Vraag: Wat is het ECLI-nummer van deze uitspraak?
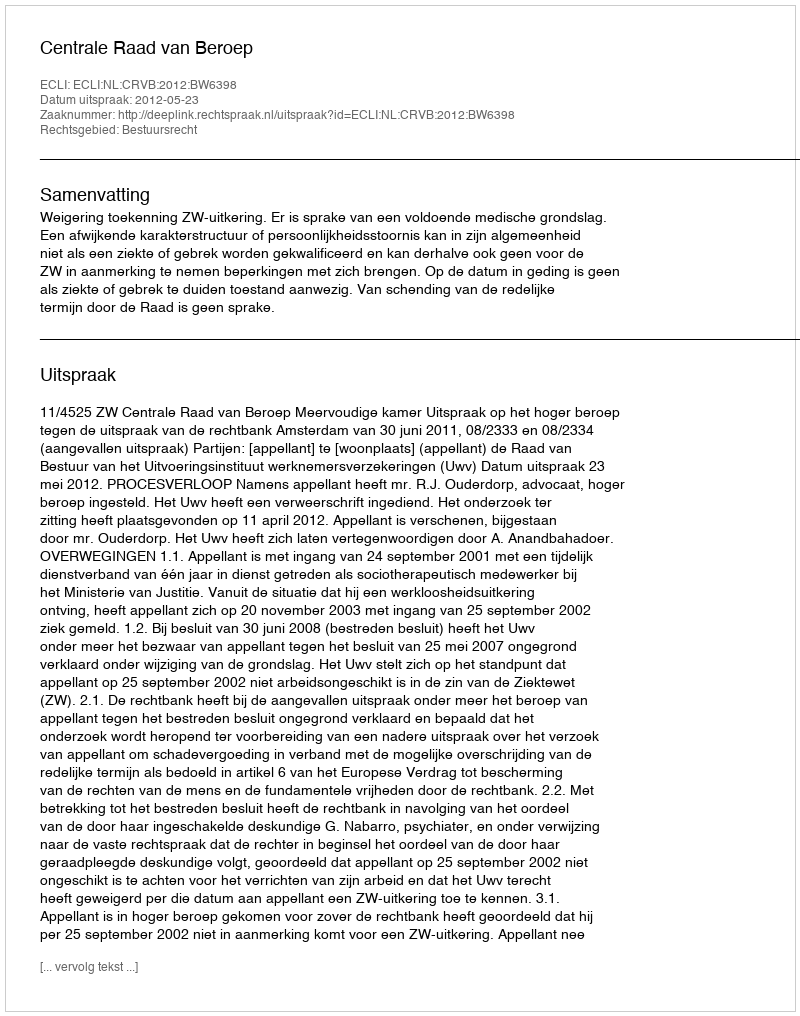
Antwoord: ECLI:NL:CRVB:2012:BW6398